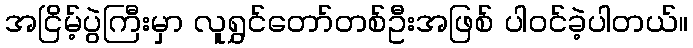
အငြိမ့်ပွဲကြီးမှာ လူရွှင်တော်တစ်ဦးအဖြစ် ပါဝင်ခဲ့ပါတယ်။